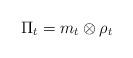
LaTeX: \begin{align*}\Pi_t = m_t \otimes \rho_t\end{align*}